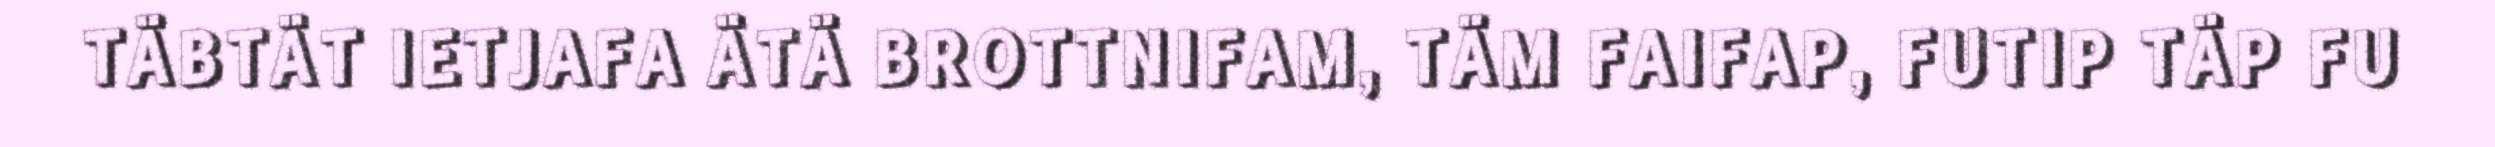
TÄBTÄT IETJAFA ÄTÄ BROTTNIFAM, TÄM FAIFAP, FUTIP TÄP FU